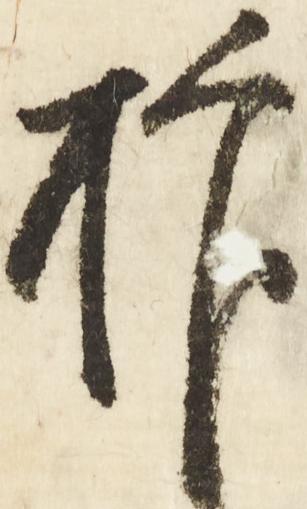
抑